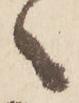
々